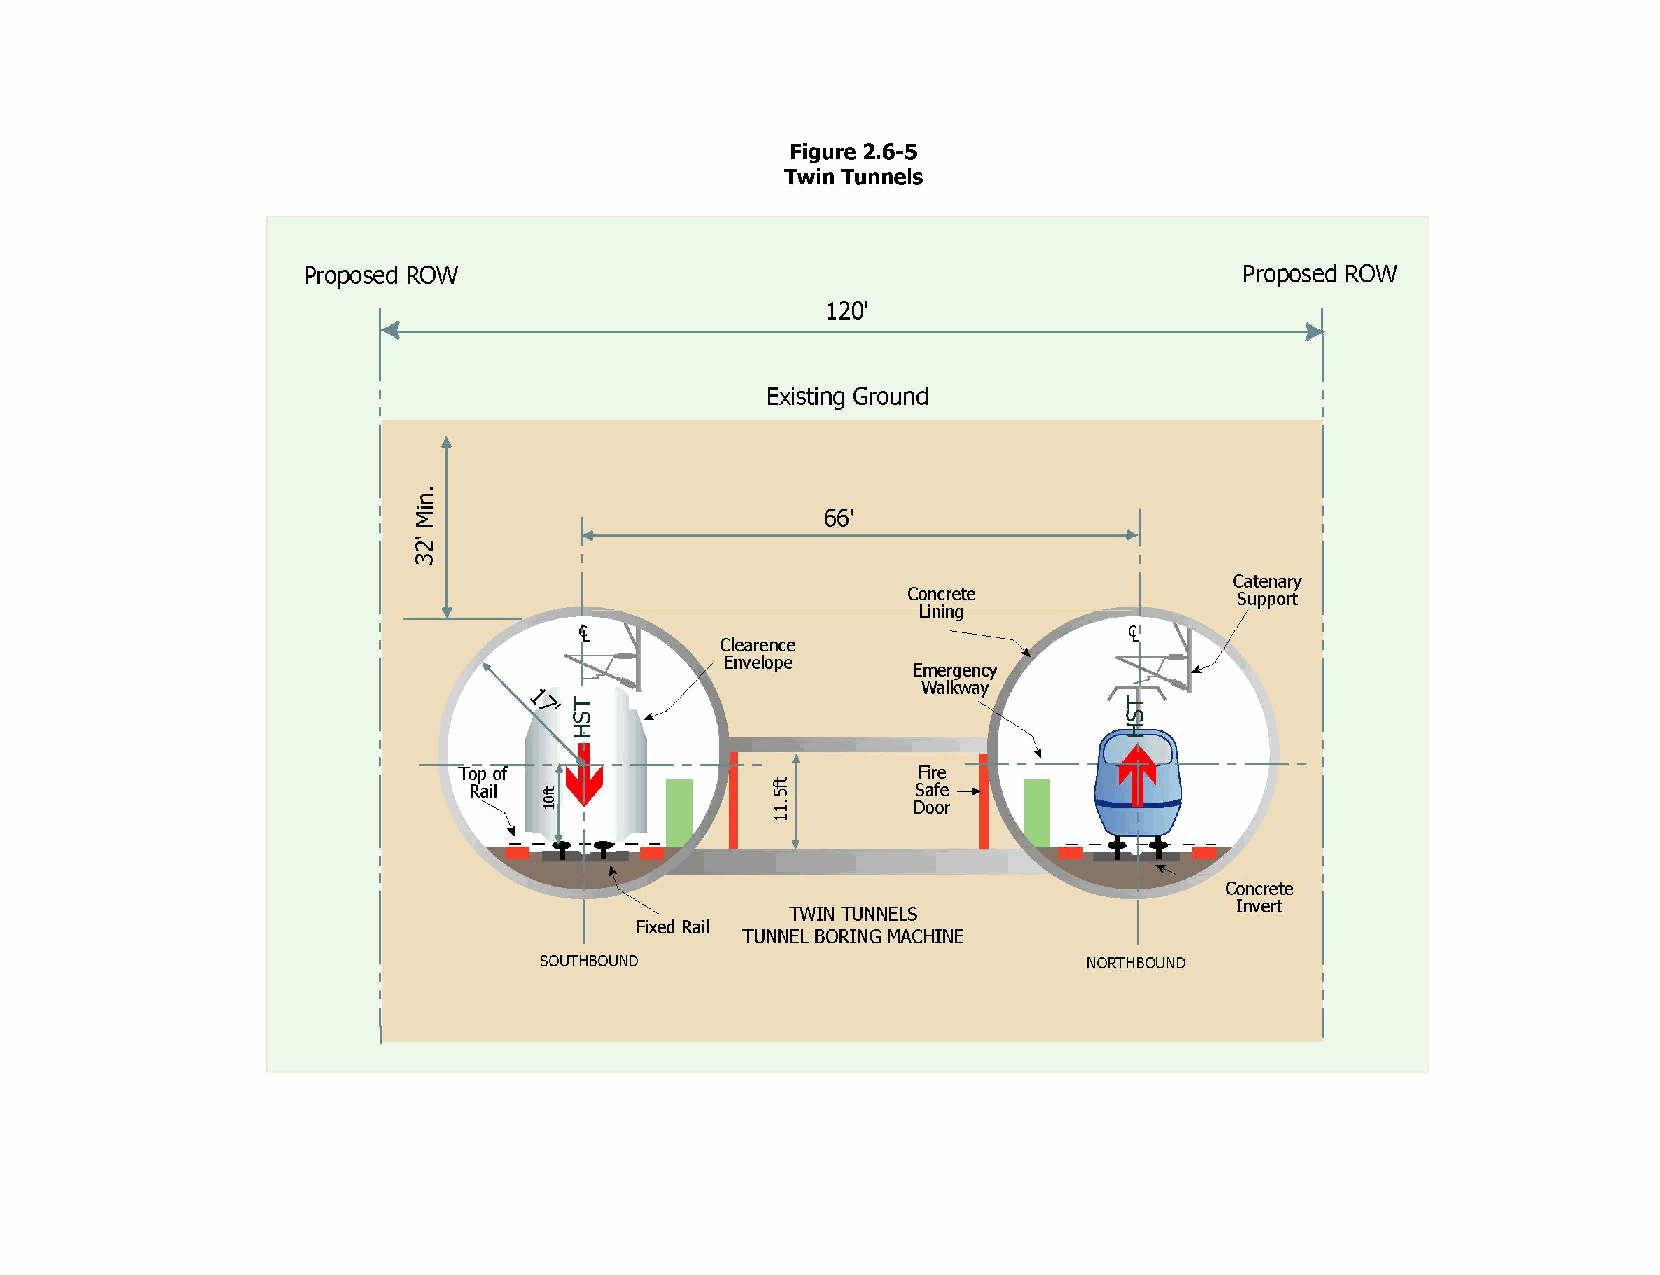
Figure 2.6-5
 Twin Tunnels
 r
 Proposed ROW                                                  Proposed ROW
 1
 120·
 Existing Ground
 c
 I
 L                          66'
 N
 M
 Catenary
 Concrete              Support
 Uning
 Fire
 ~         Safe
 ......    Door
 ......
 TWIN lUNNELS
 lUNNEL BORING MACHINE
 SOLJTHBOUND                         NORTHBOUND